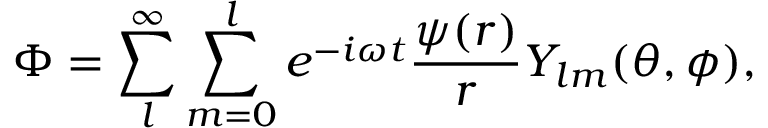
\Phi = \sum _ { l } ^ { \infty } \sum _ { m = 0 } ^ { l } e ^ { - i \omega t } \frac { \psi ( r ) } { r } Y _ { l m } ( \theta , \phi ) ,